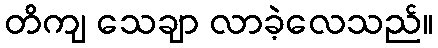
တိကျ သေချာ လာခဲ့လေသည်။